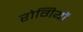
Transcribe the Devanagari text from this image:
राेगियों